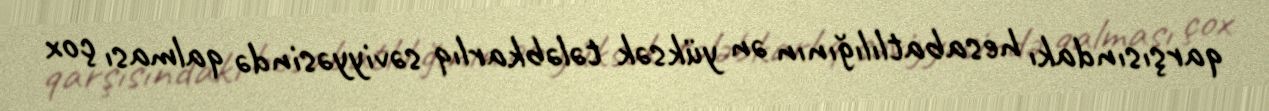
qarşısındakı hesabatlılığının ən yüksək tələbkarlıq səviyyəsində qalması çox